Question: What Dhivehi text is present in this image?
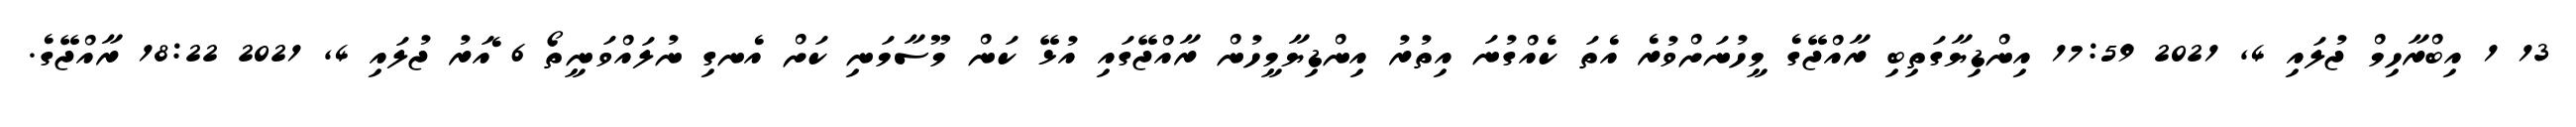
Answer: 13 1 އިބްރާހިމް ޖުލައި 4, 2021 17:59 އިންޑިޔާގަތިބި ރާއްޖޭގެ މީހުނަށްވުރެ އެތަ ކެއްގުނަ އިތުރު އިންޑިޔާމީހުން ރާއްޖޭގައި އުޅޭ ކަން މޫސާމަނި ކަށް އެނގި ނުލައްވަނީތޯ 6 ެއަރު ޖުލައި 4, 2021 18:22 ރާއްޖޭގެ.